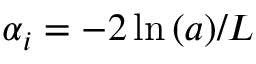
\alpha _ { i } = - 2 \ln { ( a ) } / L